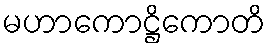
မဟာကောဋ္ဌိကောတိ